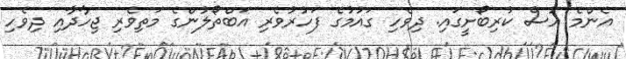
އެންމެ އުސް ކުރިބޯށީގައި. ދިވެހި ގައުމުގެ ފަހުރުވެރި އަބްތޯލުންގެ މަތިވެރި ޖިހާދާއި ދިވެހި